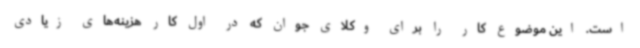
است. این موضوع کار را برای وکلای جوان که در اول کار هزینه‌های زیادی